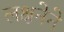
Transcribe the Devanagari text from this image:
लक्षनेने